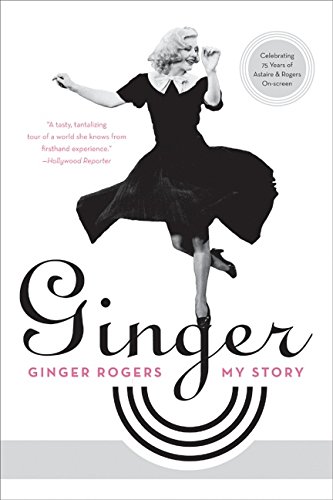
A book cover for Ginger: My Story; Ginger Rogers; Biographies & Memoirs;